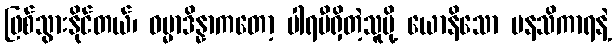
ဖြစ်သွားနိုင်တယ်၊ ဓမ္မာဒိန္နာကတော့ ပါရမီရှိတဲ့သူမို့ ယောနိသော မနသိကာရနဲ့